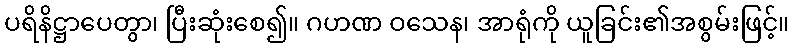
ပရိနိဋ္ဌာပေတွာ၊ ပြီးဆုံးစေ၍။ ဂဟဏ ဝသေန၊ အာရုံကို ယူခြင်း၏အစွမ်းဖြင့်။